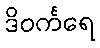
ဒိဝင်္ကရေ